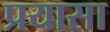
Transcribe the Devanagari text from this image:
प्रयासा